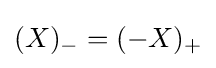
(X)_{-}=(-X)_{+}